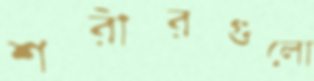
শরীরগুলো